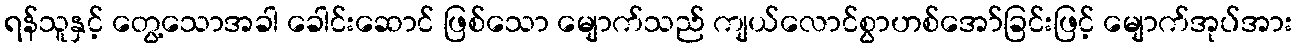
ရန်သူနှင့် တွေ့သောအခါ ခေါင်းဆောင် ဖြစ်သော မျောက်သည် ကျယ်လောင်စွာဟစ်အော်ခြင်းဖြင့် မျောက်အုပ်အား